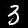
Digit: 3